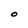
Character: O